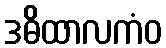
ဒဓိထာလကံဝ